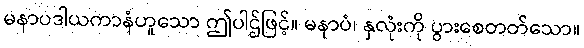
မနာပဒါယကာနံဟူသော ဤပါဌ်ဖြင့်။ မနာပံ၊ နှလုံးကို ပွားစေတတ်သော။